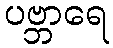
ပဗ္ဘာရေ